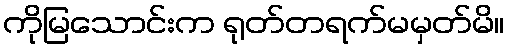
ကိုမြသောင်းက ရုတ်တရက်မမှတ်မိ။